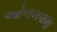
ઓળખવામા